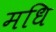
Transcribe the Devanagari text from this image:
मधि